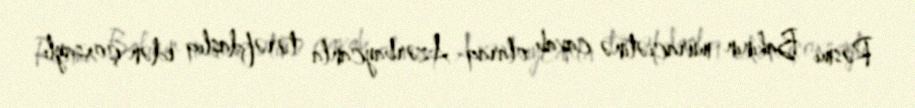
Rəsmi Bakının müraciətinə cavab olaraq Azərbaycanla tərəfdaşlıq edən çoxsaylı